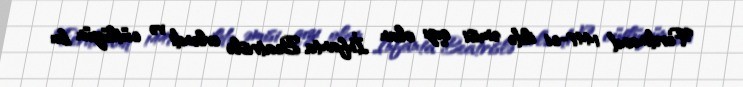
Ferdinand 1447-ci ildə əmisi qızı olan İnfanta Beatrislə evləndi və cütlüyün bu